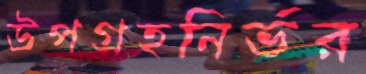
উপগ্রহনির্ভর